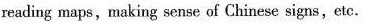
reading maps,making sense of Chinese signs , ete .